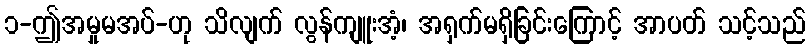
၁-ဤအမှုမအပ်-ဟု သိလျက် လွန်ကျူးအံ့၊ အရှက်မရှိခြင်းကြောင့် အာပတ် သင့်သည်